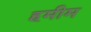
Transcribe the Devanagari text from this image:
हमीम